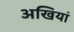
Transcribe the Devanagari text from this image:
अखियां